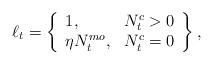
LaTeX: \begin{align*}\ell_{t} = \left\{\begin{array}{lr}1, & N^{c}_{t} > 0\\\eta N^{mo}_{t}, & N^{c}_{t} = 0\end{array}\right\}, \end{align*}